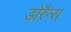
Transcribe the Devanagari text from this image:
डोरैन्स